Annual report on the Civil Veterinary Department, Burma (including the Insein Veterinary School) - 1923-1931
Year: 1923
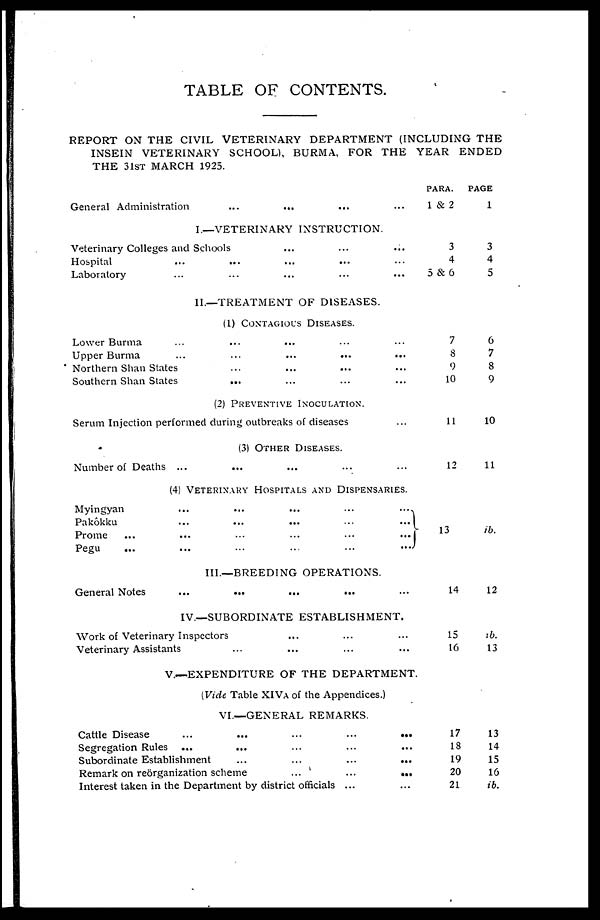
TABLE OF CONTENTS.
REPORT ON THE CIVIL VETERINARY DEPARTMENT (INCLUDING THE
INSEIN VETERINARY SCHOOL), BURMA, FOR THE YEAR ENDED
THE 31st MARCH 1925.
General Administration
...
...
... ...
I.—VETERINARY INSTRUCTION.
Veterinary Colleges and Schools ... ... ...
Hospital ... ... ... ... ...
Laboratory ... ... ... ... ...
II.—TREATMENT OF DISEASES.
(1) CONTAGIOUS DISEASES.
Lower Burma ... ... ... ... ...
Upper Burma ... ... ... ... ...
Northern Shan States ... ... ... ...
Southern Shan States
... ... ... ...
(2) PREVENTIVE INOCULATION.
Serum Injection performed during outbreaks of diseases ...
(3) OTHER DISEASES.
Number of Deaths ... ... ... ... ...
(4) Veterinary Hospitals and Dispensaries.
Myingyan
...
...
...
...
...
Pakôkku
...
...
...
...
...
Prome
...
...
...
...
...
...
Pegu
...
...
...
...
...
...
III.—BREEDING OPERATIONS.
General Notes
...
...
...
...
IV.—SUBORDINATE ESTABLISHMENT.
Work of Veterinary Inspectors ... ... ...
Veterinary Assistants ... ... ... ...
V.—EXPENDITURE OF THE DEPARTMENT.
(Vide Table XIVA of the Appendices.)
VI.—GENERAL REMARKS.
Cattle Disease
...
...
...
...
...
Segregation Rules ...
...
...
...
...
Subordinate Establishment
...
...
...
...
Remark on reorganization scheme
...
...
...
Interest taken in the Department by district officials ... ...
PARA.
1 & 2
3
4
5 & 6
7
8
9
10
11
12
13
14
15
16
17
18
19
20
21
PAGE
1
3
4
5
6
7
8
9
10
11
ib.
12
ib.
13
13
14
15
16
ib.